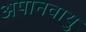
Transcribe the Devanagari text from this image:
अपानवायु